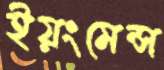
ইয়ংমেন্স